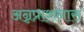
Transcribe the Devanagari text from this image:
अन्नप्राशनास